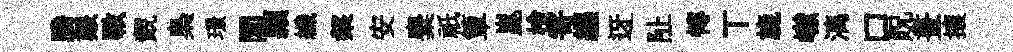
騰艱斁覿梟璟閭頴纖槃安麋祇簞崑檜寄纒迓阯慱丅旒𪩘漓口貺晝攘